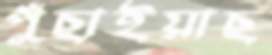
পুঁছাইয়াছ